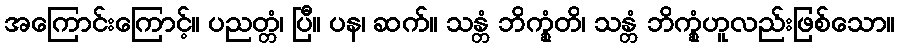
အကြောင်းကြောင့်။ ပညတ္တံ၊ ပြီ။ ပန၊ ဆက်။ သန္တံ ဘိက္ခုံတိ၊ သန္တံ ဘိက္ခုံဟူလည်းဖြစ်သော။